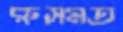
রুসমত